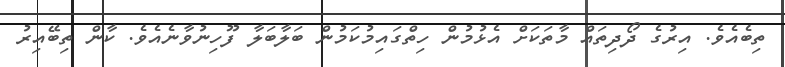
ތިބެއެވެ. އިރުގެ ދޯދިތައް މާތަކަށް އެޅުމުން ހިތްގައިމުކަމުން ބަލާބަލާ ފޫހިނުވާނެއެވެ. ކާން ތިބޭއިރު